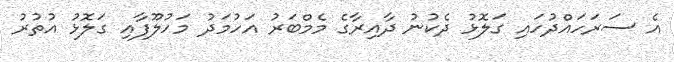
އެ ސަރަހައްދުހައި ގަލޮޅު ދެކުނު ދާއިރާގެ މެމްބަރު އަހުމަދު މަހުލޫފާއި ގަލޮޅު އުތުރު